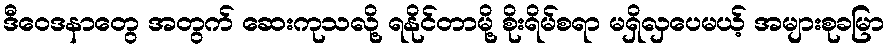
ဒီဝေဒနာတွေ အတွက် ဆေးကုသလို့ ရနိုင်တာမို့ စိုးရိမ်စရာ မရှိလှပေမယ့် အများစုခမြာ